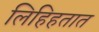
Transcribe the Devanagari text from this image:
लिहिहतात